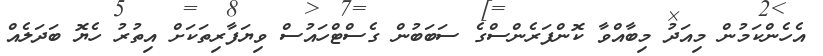
އެހެންކަމުން މިއަދު މިބާއްވާ ކޮންފަރެންސްގެ ސަބަބުން ގެސްޓްހައުސް ވިޔަފާރިތަކަށް އިތުރު ހެޔޮ ބަދަލެއް